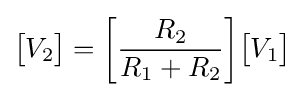
{\begin{bmatrix}V_{2}\end{bmatrix}}={\begin{bmatrix}{\dfrac {R_{2}}{R_{1}+R_{2}}}\end{bmatrix}}{\begin{bmatrix}V_{1}\end{bmatrix}}